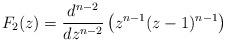
LaTeX: \begin{align*} F_2(z) = \frac{d^{n-2} }{dz^{n-2}} \left( z^{n-1} (z-1)^{n-1} \right) \end{align*}